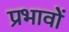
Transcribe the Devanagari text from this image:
प्रभावोें